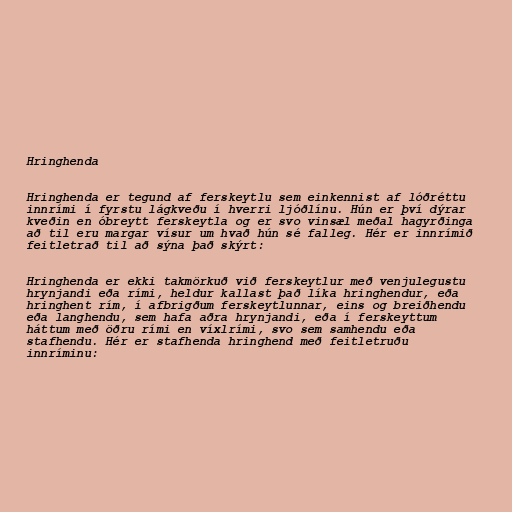
Hringhenda

Hringhenda er tegund af ferskeytlu sem einkennist af lóðréttu
innrími í fyrstu lágkveðu í hverri ljóðlínu. Hún er því dýrar
kveðin en óbreytt ferskeytla og er svo vinsæl meðal hagyrðinga
að til eru margar vísur um hvað hún sé falleg. Hér er innrímið
feitletrað til að sýna það skýrt:

Hringhenda er ekki takmörkuð við ferskeytlur með venjulegustu
hrynjandi eða rími, heldur kallast það líka hringhendur, eða
hringhent rím, í afbrigðum ferskeytlunnar, eins og breiðhendu
eða langhendu, sem hafa aðra hrynjandi, eða í ferskeyttum
háttum með öðru rími en víxlrími, svo sem samhendu eða
stafhendu. Hér er stafhenda hringhend með feitletruðu
innríminu: